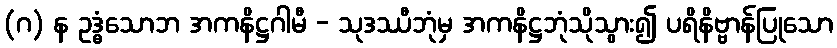
(ဂ) န ဥဒ္ဓံသောဘ အကနိဋ္ဌဂါမီ - သုဒဿီဘုံမှ အကနိဋ္ဌဘုံသိုသွား၍ ပရိနိဗ္ဗာန်ပြုသော